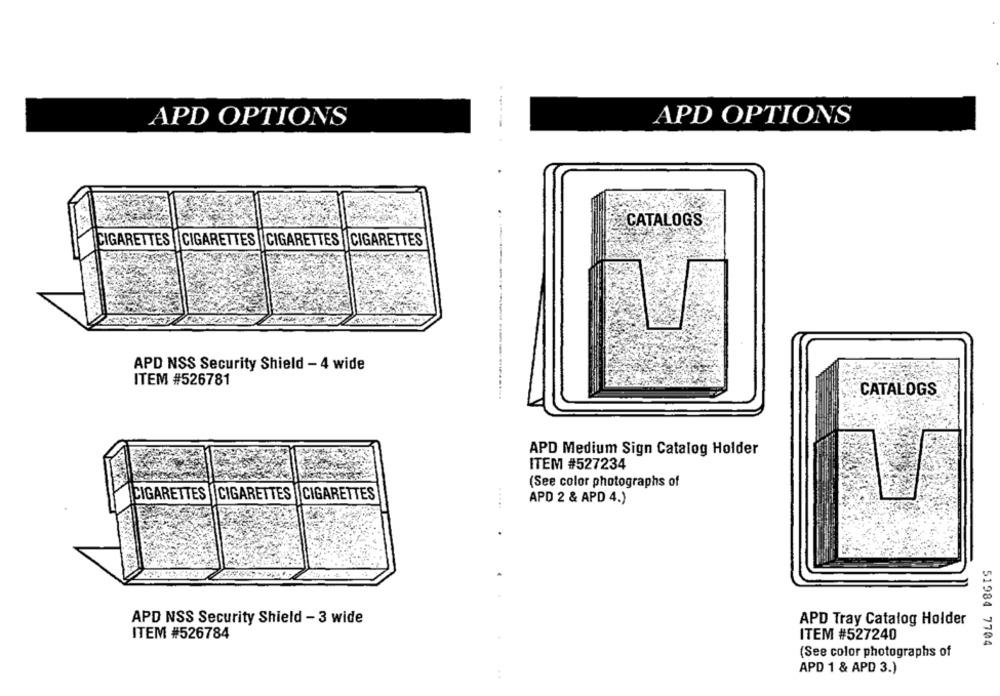
APD OPTIONS
APD OPTIONS
CATALOGS
CIGARETTES
CIGARETTES
CIGARETTES
CIGARETTES
APD NSS Security Shield - 4 wide
ITEM #526781
CATALOGS
APD Medium Sign Catalog Holder
ITEM #527234
(See color photographs of
CIGARETTES
CIGARETTES
CIGARETTES
APD 2 & APD 4.)
.....
APD NSS Security Shield - 3 wide
APD Tray Catalog Holder
ITEM #526784
ITEM #527240
51984 7704
(See color photographs of
APD 1 & APD 3.)